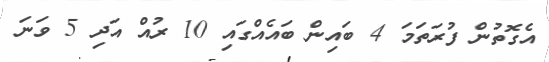
އެގޮތުން ފުރަތަމަ 4 ބައިން ބައެއްގައި 10 ރުއް އަދި 5 ވަނަ